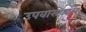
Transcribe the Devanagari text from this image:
उपवासकाल